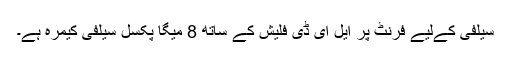
سیلفی کےلیے فرنٹ پر ایل ای ڈی فلیش کے ساتھ 8 میگا پکسل سیلفی کیمرہ ہے۔